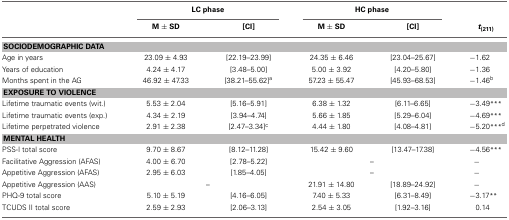
<table><thead><tr><td></td><td colspan="2"><b>LC phase</b></td><td colspan="2"><b>HC phase</b></td><td></td></tr><tr><td></td><td><b>M ± SD</b></td><td><b>[CI]</b></td><td><b>M ± SD</b></td><td><b>[CI]</b></td><td><b><i>t</i><sub>(211)</sub></b></td></tr></thead><tbody><tr><td colspan="6"><b>SOCIODEMOGRAPHIC DATA</b></td></tr><tr><td>Age in years</td><td>23.09 ± 4.93</td><td>[22.19–23.99]</td><td>24.35 ± 6.46</td><td>[23.04–25.67]</td><td>−1.62</td></tr><tr><td>Years of education</td><td>4.24 ± 4.17</td><td>[3.48–5.00]</td><td>5.00 ± 3.92</td><td>[4.20–5.80]</td><td>−1.36</td></tr><tr><td>Months spent in the AG</td><td>46.92 ± 47.33</td><td>[38.21–55.62]<sup>a</sup></td><td>57.23 ± 55.47</td><td>[45.93–68.53]</td><td>−1.46<sup>b</sup></td></tr><tr><td colspan="6"><b>EXPOSURE TO VIOLENCE</b></td></tr><tr><td>Lifetime traumatic events (wit.)</td><td>5.53 ± 2.04</td><td>[5.16–5.91]</td><td>6.38 ± 1.32</td><td>[6.11–6.65]</td><td>−3.49<sup>***</sup></td></tr><tr><td>Lifetime traumatic events (exp.)</td><td>4.34 ± 2.19</td><td>[3.94–4.74]</td><td>5.66 ± 1.85</td><td>[5.29–6.04]</td><td>−4.69<sup>***</sup></td></tr><tr><td>Lifetime perpetrated violence</td><td>2.91 ± 2.38</td><td>[2.47–3.34]<sup>c</sup></td><td>4.44 ± 1.80</td><td>[4.08–4.81]</td><td>−5.20<sup>***</sup><sup>d</sup></td></tr><tr><td colspan="6"><b>MENTAL HEALTH</b></td></tr><tr><td>PSS-I total score</td><td>9.70 ± 8.67</td><td>[8.12–11.28]</td><td>15.42 ± 9.60</td><td>[13.47–17.38]</td><td>−4.56<sup>***</sup></td></tr><tr><td>Facilitative Aggression (AFAS)</td><td>4.00 ± 6.70</td><td>[2.78–5.22]</td><td colspan="2">–</td><td>−</td></tr><tr><td>Appetitive Aggression (AFAS)</td><td>2.95 ± 6.03</td><td>[1.85–4.05]</td><td colspan="2">–</td><td>−</td></tr><tr><td>Appetitive Aggression (AAS)</td><td colspan="2">–</td><td>21.91 ± 14.80</td><td>[18.89–24.92]</td><td>−</td></tr><tr><td>PHQ-9 total score</td><td>5.10 ± 5.19</td><td>[4.16–6.05]</td><td>7.40 ± 5.33</td><td>[6.31–8.49]</td><td>−3.17<sup>**</sup></td></tr><tr><td>TCUDS II total score</td><td>2.59 ± 2.93</td><td>[2.06–3.13]</td><td>2.54 ± 3.05</td><td>[1.92–3.16]</td><td>0.14</td></tr></tbody></table>